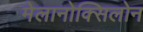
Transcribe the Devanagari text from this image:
मेलानोक्सिलोन